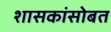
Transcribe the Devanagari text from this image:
शासकांसोबत